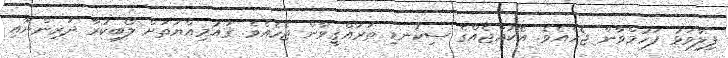
ފިލާވަޅު ފަހުމްވާން ޖެހެއެވެ. އެކުއްޖެއްގެ ސިކުނޑި ތަރައްޤީވާން ޖެހެއެވެ. ޤައުމިއްޔަތަށް ލޯބިކުރާ ދަރިންނާއި